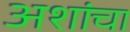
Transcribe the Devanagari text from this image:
अशांचा